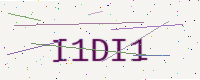
Text: I1DI1